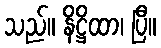
သည်။ နိဋ္ဌိထာ၊ ပြီ။